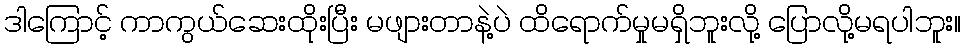
ဒါကြောင့် ကာကွယ်ဆေးထိုးပြီး မဖျားတာနဲ့ပဲ ထိရောက်မှုမရှိဘူးလို့ ပြောလို့မရပါဘူး။